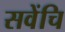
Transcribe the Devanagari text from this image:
सवेंचि